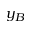
y _ { B }